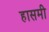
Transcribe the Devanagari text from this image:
हासमी